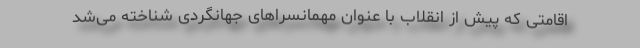
اقامتی که پیش از انقلاب با عنوان مهمانسراهای جهانگردی شناخته می‌شد